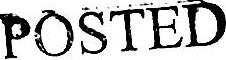
POSTED